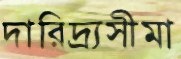
দারিদ্র্যসীমা